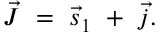
\vec { J } \ = \ \vec { s } _ { 1 } \ + \ \vec { j } .